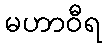
မဟာဝီရ